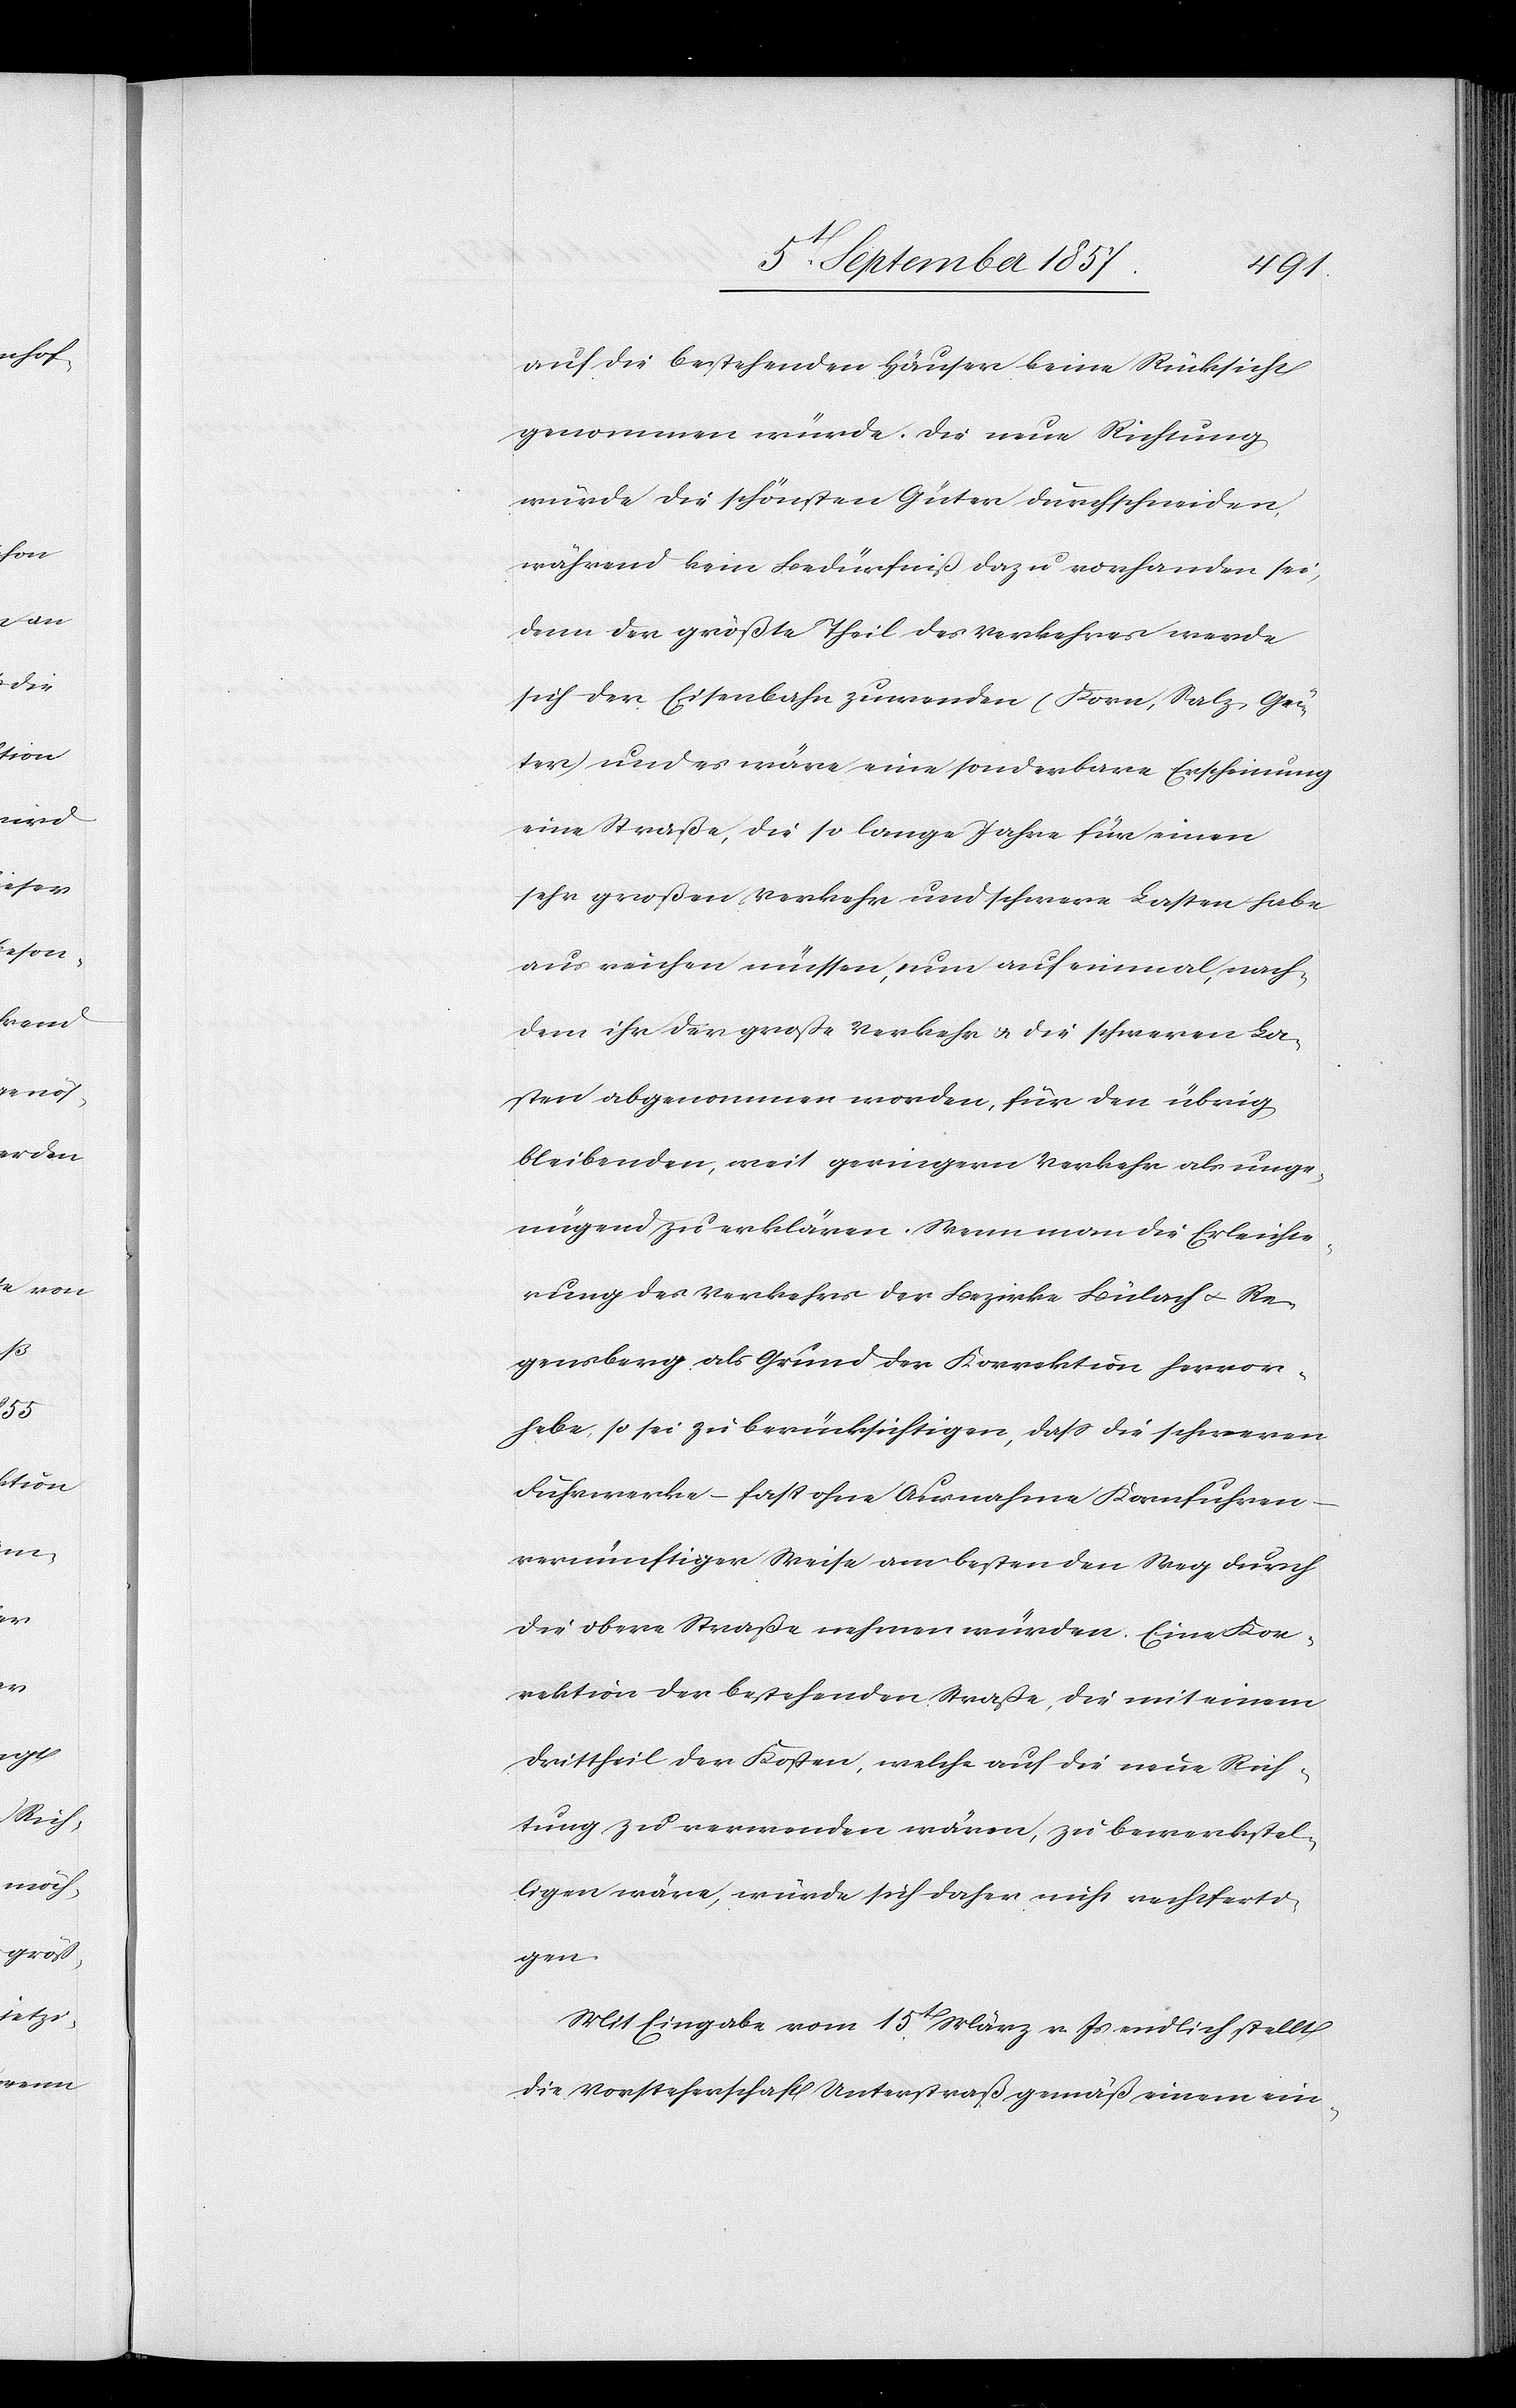
auf die bestehenden Häuser keine Rücksicht
genommen würde. Die neue Richtung
würde die schönsten Güter durchschneiden,
während kein Bedürfniß dazu vorhanden sei,
denn der größte Theil des Verkehres werde
sich der Eisenbahn zuwenden (Korn, Salz, Gü¬
ter) und es wäre eine sonderbare Erscheinung
eine Straße, die so lange Jahre für einen
sehr großen Verkehr und schwere Lasten habe
aus reichen müssen, nun auf einmal, nach¬
dem ihr der große Verkehr & die schweren La¬
sten abgenommen worden, für den übrig
bleibenden, weit geringern Verkehr als unge¬
nügend zu erklären. Wenn man die Erleichte¬
rung des Verkehres der Bezirke Bülach & Re¬
gensberg als Grund der Korrektion hervor¬
hebe, so sei zu berücksichtigen, daß die schweren
Fuhrwerke – fast ohne Ausnahme Kornfuhren
vernünftiger Weise am besten den Weg durch
die obere Straße nehmen würden. Eine Kor¬
rektion der bestehenden Straße, die mit einem
Drittheil der Kosten, welche auf die neue Rich¬
tung zu verwenden wären, zu bewerkstel¬
ligen wäre, würde sich daher nicht rechtferti¬
gen.
Mit Eingabe vom 15t März v. Js. endlich stellt
die Vorsteherschaft Unterstraß gemäß einem ein-